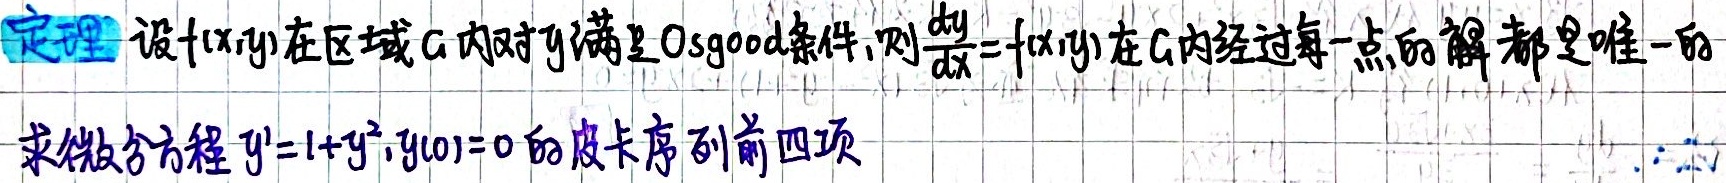
**定理** 设\(f(x,y)\)在区域\(G\)内对\(y\)满足Osgood条件，则\(\frac{dy}{dx}=f(x,y)\)在\(G\)内经过每一点的解都是唯一的。

求微分方程\(y' = 1 + y^{2},y(0)=0\)的皮卡序列前四项。